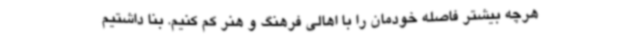
هرچه بیشتر فاصله‌ خودمان را با اهالی فرهنگ و هنر کم کنیم. بنا داشتیم